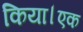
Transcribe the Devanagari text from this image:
किया।एक